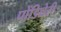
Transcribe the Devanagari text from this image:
पोंडिच्चेरी